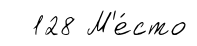
128 М'е́сто